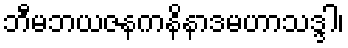
ဘီမဘယဇနကနိနာဒမဟာသဒ္ဒါ၊